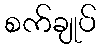
စက်ချုပ်